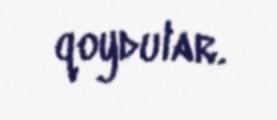
qoydular.